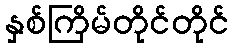
နှစ်ကြိမ်တိုင်တိုင်